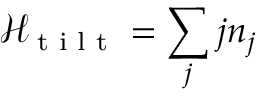
{ \mathcal { H } } _ { \textrm { t i l t } } = \sum _ { j } j { n } _ { j }